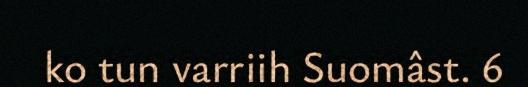
ko tun varriih Suomâst. 6